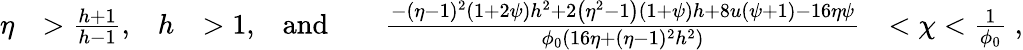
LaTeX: \begin{array}{rlrlrlrl}{\eta}&{>\frac{h+1}{h-1},}&{h}&{>1,}&{\mathrm{and}}&{}&{\frac{-(\eta-1)^{2}(1+2\psi)h^{2}+2\left(\eta^{2}-1\right)\left(1+\psi\right)h+8u(\psi+1)-16\eta\psi}{\phi_{0}\left(16\eta+(\eta-1)^{2}h^{2}\right)}}&{<\chi<\frac{1}{\phi_{0}}\; ,}\end{array}